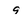
Character: 9